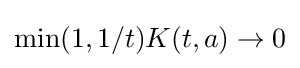
\min(1,1/t)K(t,a)\to 0